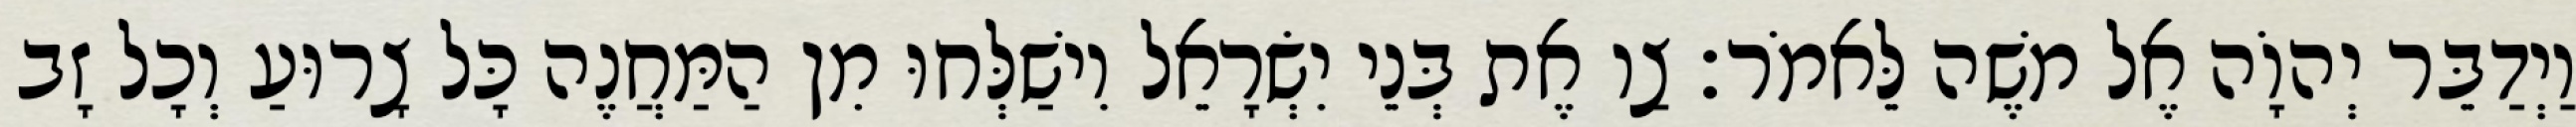
וַיְדַבֵּר יְהוָֹה אֶל משֶׁה לֵּאמֹר׃ צַו אֶת בְּנֵי יִשְׂרָאֵל וִישַׁלְּחוּ מִן הַמַּחֲנֶה כָּל צָרוּעַ וְכָל זָב